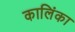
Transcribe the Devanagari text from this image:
कालिंका